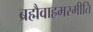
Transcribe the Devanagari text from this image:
ब्रह्मैवाहमस्मीति